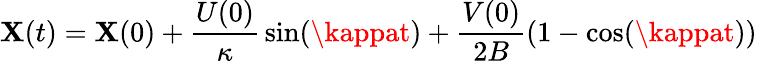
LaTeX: \mathbf{X}(t)=\mathbf{X}(0)+{\frac{{U(0)}}{{\kappa}}}\sin(\kappat)+{\frac{{V(0)}}{{2B}}}(1-\cos(\kappat))